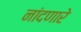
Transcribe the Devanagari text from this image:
नांदणारे